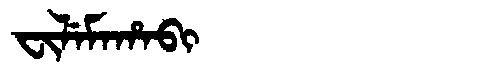
Manchu: ᠸᡳᠯᡝᠮᠠᡥᠠᠪᡳ
Romanization: FILEMAHABI